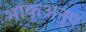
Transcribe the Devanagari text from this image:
भाकृअनुप